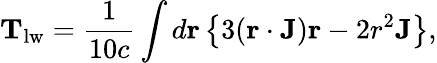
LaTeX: \mathbf{T}_{\mathrm{lw}}=\frac{1}{10c}\int d\mathbf{r}\left\lbrace 3(\mathbf{r}\cdot\mathbf{J})\mathbf{r}-2r^{2}\mathbf{J}\right\rbrace,